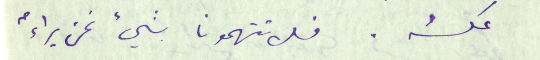
عكسُه. فلا تتهمونا بشيء نحن براءٌ